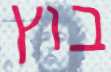
בוץ